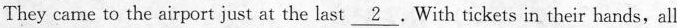
They came to the airport just at the last \underline{2} With tickets in their hands,all